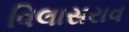
વિલાસરાવ